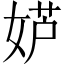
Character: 𫰮